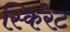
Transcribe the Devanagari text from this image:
स्किरेट